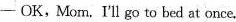
—OK,Mom. I'll go to bed at once.